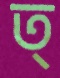
ত্